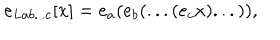
LaTeX: e _ { L a b . . . c } [ x ] = e _ { a } ( e _ { b } ( . . . ( e _ { c } x ) . . . ) ) ,